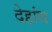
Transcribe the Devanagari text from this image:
देहांथ